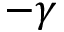
- \gamma